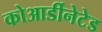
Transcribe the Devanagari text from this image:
कोआर्डीनेटेड